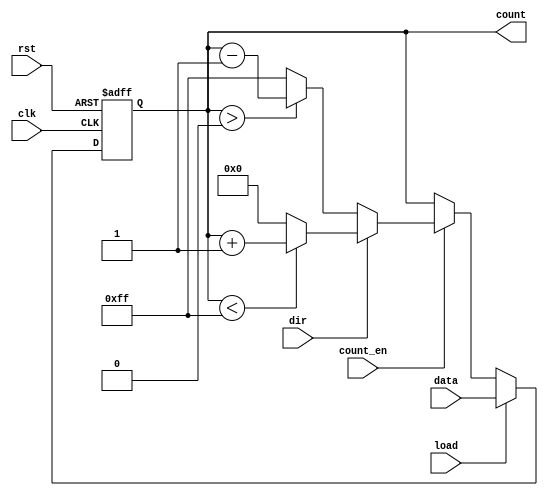
module loadable_counter (
    input wire clk,          // Clock signal
    input wire rst,          // Reset signal
    input wire load,         // Load signal
    input wire [7:0] data,   // Data input bus (8-bit)
    input wire count_en,     // Count enable signal
    input wire dir,          // Direction signal (1 for up, 0 for down)
    output reg [7:0] count   // Count output bus (8-bit)
);

    // Define the maximum and minimum values for an 8-bit counter
    localparam MAX_COUNT = 8'hFF; // 255
    localparam MIN_COUNT = 8'h00; // 0

    always @(posedge clk or posedge rst) begin
        if (rst) begin
            // Reset the counter to zero
            count <= MIN_COUNT;
        end else if (load) begin
            // Load the new value into the counter
            count <= data;
        end else if (count_en) begin
            // Count up or down based on the direction signal
            if (dir) begin
                // Increment the counter
                if (count < MAX_COUNT) begin
                    count <= count + 1;
                end else begin
                    count <= MIN_COUNT; // Wrap around to 0
                end
            end else begin
                // Decrement the counter
                if (count > MIN_COUNT) begin
                    count <= count - 1;
                end else begin
                    count <= MAX_COUNT; // Wrap around to 255
                end
            end
        end
    end

endmodule